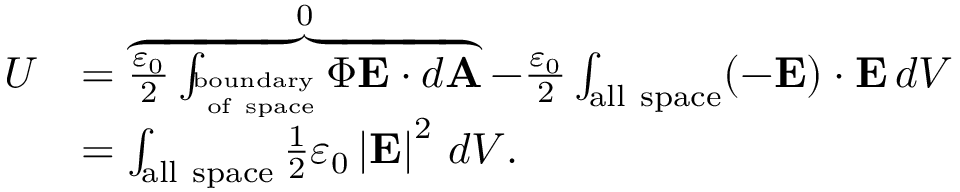
{ \begin{array} { r l } { U } & { = \overbrace { { \frac { \varepsilon _ { 0 } } { 2 } } \int _ { _ { \mathrm { ~ o f ~ s p a c e } } ^ { \mathrm { b o u n d a r y } } } \Phi \mathbf { E } \cdot d \mathbf { A } } ^ { 0 } - { \frac { \varepsilon _ { 0 } } { 2 } } \int _ { \mathrm { a l l ~ s p a c e } } ( - \mathbf { E } ) \cdot \mathbf { E } \, d V } \\ & { = \int _ { \mathrm { a l l ~ s p a c e } } { \frac { 1 } { 2 } } \varepsilon _ { 0 } \left| { \mathbf { E } } \right| ^ { 2 } \, d V . } \end{array} }